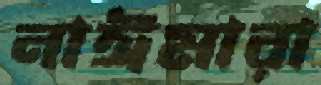
নাঈমারা